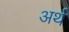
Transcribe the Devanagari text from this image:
अर्थ